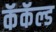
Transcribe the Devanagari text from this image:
कॅकॅल्ड